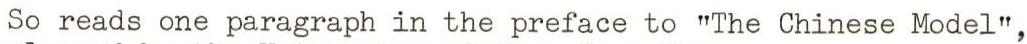
So reads one paragraph in the preface to "The Chinese Model",